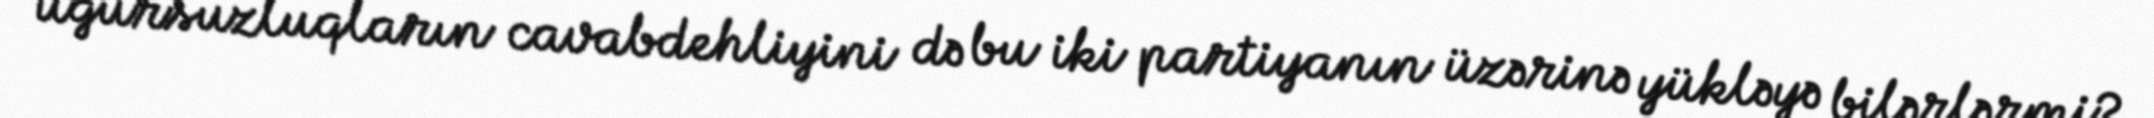
uğursuzluqların cavabdehliyini də bu iki partiyanın üzərinə yükləyə bilərlərmi?.